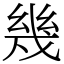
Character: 幾